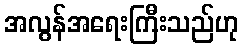
အလွန်အရေးကြီးသည်ဟု